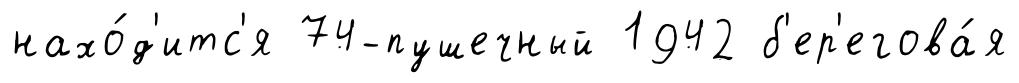
нахо́д'итс'я 74-пушечный 1942 б'ер'егова́я